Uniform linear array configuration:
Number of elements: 16
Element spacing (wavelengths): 0.5
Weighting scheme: binomial
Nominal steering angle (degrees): -60
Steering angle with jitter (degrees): -58.041
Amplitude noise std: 0.05
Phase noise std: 0.05

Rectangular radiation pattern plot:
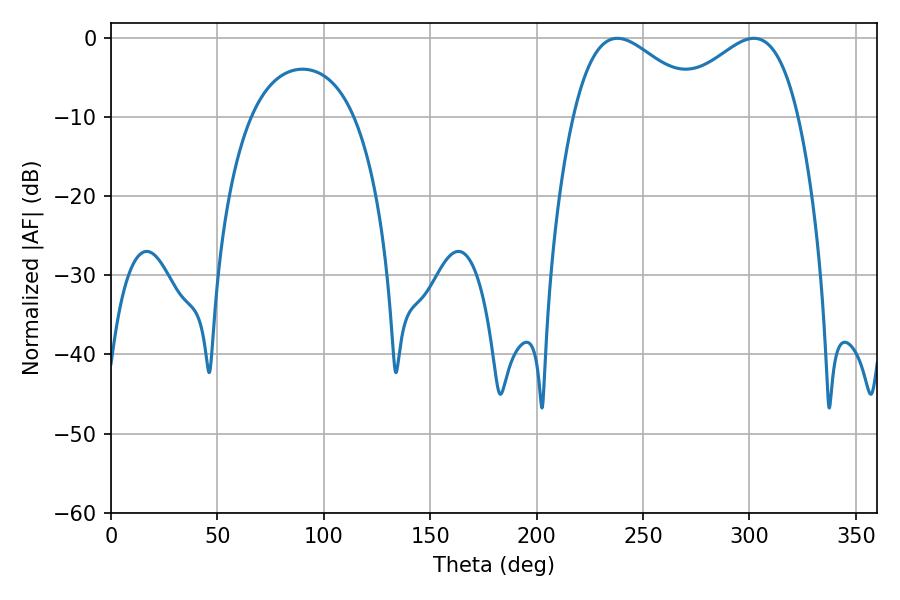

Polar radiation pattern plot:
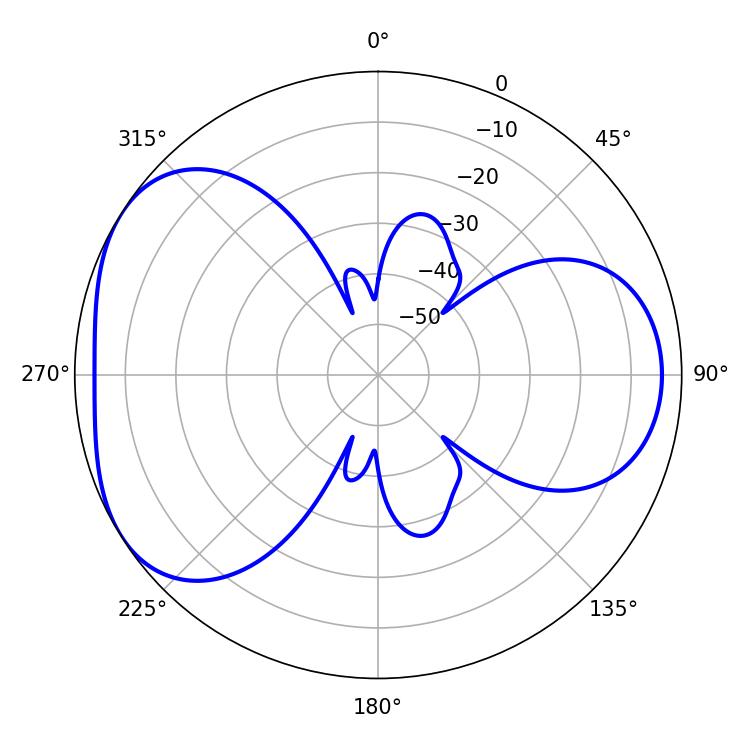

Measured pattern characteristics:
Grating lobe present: FALSE
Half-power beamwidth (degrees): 33.48
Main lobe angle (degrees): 237.96